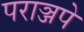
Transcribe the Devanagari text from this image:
पराञ्जपे